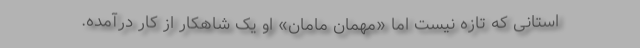
استانی که تازه نیست اما «مهمان مامان» او یک شاهکار از کار درآمده.